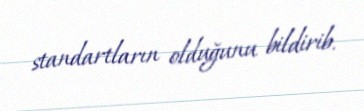
standartların olduğunu bildirib.